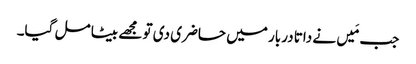
جب مَیں نے داتا دربار میں حاضری دی تو مجھے بیٹا مل گیا۔